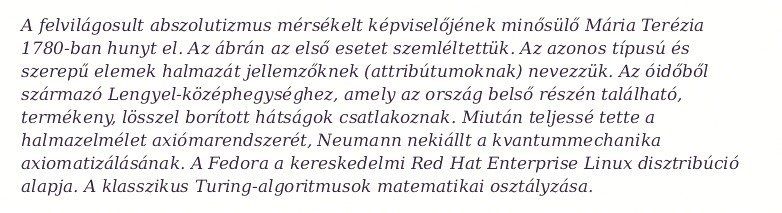
A felvilágosult abszolutizmus mérsékelt képviselőjének minősülő Mária Terézia 1780-ban hunyt el. Az ábrán az első esetet szemléltettük. Az azonos típusú és szerepű elemek halmazát jellemzőknek (attribútumoknak) nevezzük. Az óidőből származó Lengyel-középhegységhez, amely az ország belső részén található, termékeny, lösszel borított hátságok csatlakoznak. Miután teljessé tette a halmazelmélet axiómarendszerét, Neumann nekiállt a kvantummechanika axiomatizálásának. A Fedora a kereskedelmi Red Hat Enterprise Linux disztribúció alapja. A klasszikus Turing-algoritmusok matematikai osztályzása.